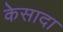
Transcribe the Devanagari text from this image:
केसादा